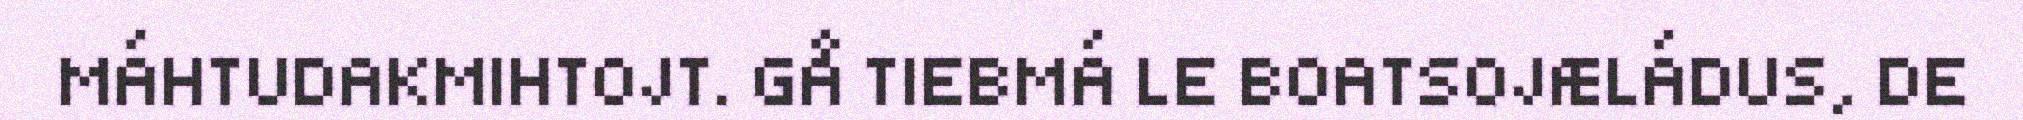
MÁHTUDAKMIHTOJT. GÅ TIEBMÁ LE BOATSOJÆLÁDUS, DE